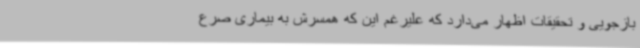
بازجویی و تحقیقات اظهار می‌دارد که علیرغم این که همسرش به بیماری صرع